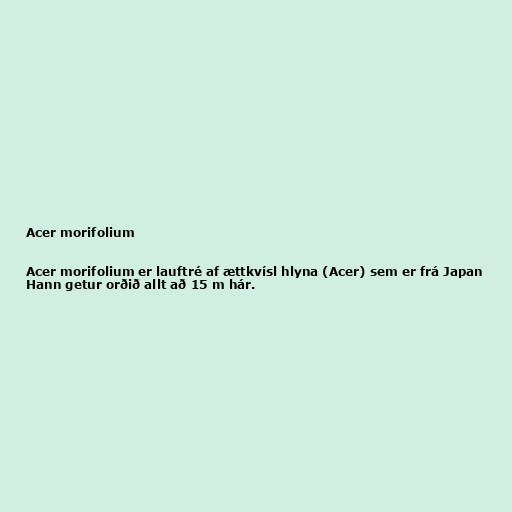
Acer morifolium

Acer morifolium er lauftré af ættkvísl hlyna (Acer) sem er frá Japan
Hann getur orðið allt að 15 m hár.